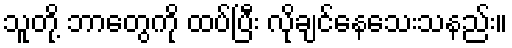
သူတို့ ဘာတွေကို ထပ်ပြီး လိုချင်နေသေးသနည်း။